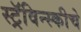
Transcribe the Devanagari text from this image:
स्ट्रॅविन्स्कीचे